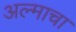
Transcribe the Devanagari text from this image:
अल्माचा